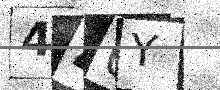
Text: 440Y